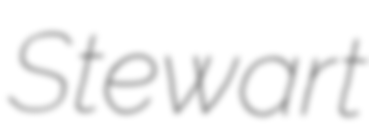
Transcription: Stewart